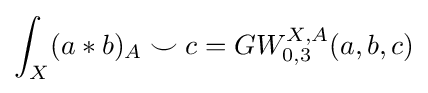
\int _{X}(a*b)_{A}\smile c=GW_{0,3}^{X,A}(a,b,c)